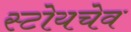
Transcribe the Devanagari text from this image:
स्टोयचेव